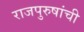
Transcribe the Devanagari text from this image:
राजपुरुषांची